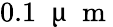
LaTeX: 0.1\; \mathrm{~\textmu~}\mathrm{~m~}